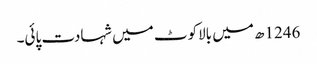
1246ھ میں بالاکوٹ میں شہادت پائی۔